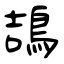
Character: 鴶